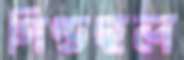
গিল্ডহল